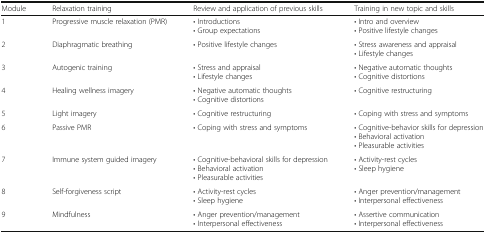
| Module | Relaxation training | Review and application of previous skills | Training in new topic and skills |
 | --- | --- | --- | --- |
 | 1 | Progressive muscle relaxation (PMR) | • Introductions• Group expectations | • Intro and overview• Positive lifestyle changes |
 | 2 | Diaphragmatic breathing | • Positive lifestyle changes | • Stress awareness and appraisal• Lifestyle changes |
 | 3 | Autogenic training | • Stress and appraisal• Lifestyle changes | • Negative automatic thoughts• Cognitive distortions |
 | 4 | Healing wellness imagery | • Negative automatic thoughts• Cognitive distortions | • Cognitive restructuring |
 | 5 | Light imagery | • Cognitive restructuring | • Coping with stress and symptoms |
 | 6 | Passive PMR | • Coping with stress and symptoms | • Cognitive-behavior skills for depression• Behavioral activation• Pleasurable activities |
 | 7 | Immune system guided imagery | • Cognitive-behavioral skills for depression• Behavioral activation• Pleasurable activities | • Activity-rest cycles• Sleep hygiene |
 | 8 | Self-forgiveness script | • Activity-rest cycles• Sleep hygiene | • Anger prevention/management• Interpersonal effectiveness |
 | 9 | Mindfulness | • Anger prevention/management• Interpersonal effectiveness | • Assertive communication• Interpersonal effectiveness |